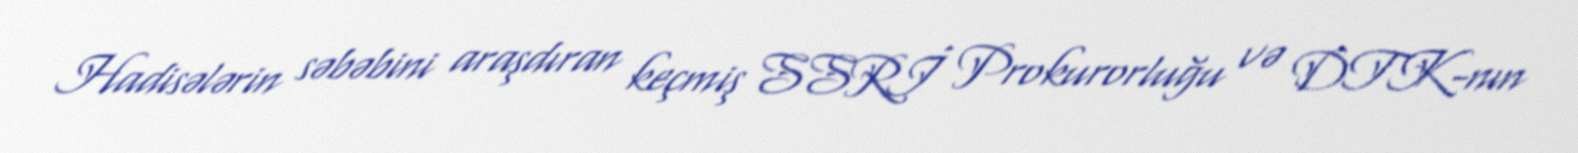
Hadisələrin səbəbini araşdıran keçmiş SSRİ Prokurorluğu və DTK-nın